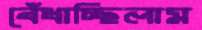
বেঁধাচ্ছিলাম